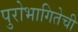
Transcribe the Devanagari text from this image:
पुरोभागितेची